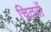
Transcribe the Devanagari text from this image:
चितरों